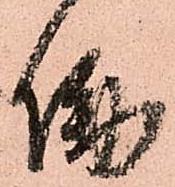
働